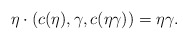
\begin{align*} \eta\cdot (c(\eta),\gamma,c(\eta\gamma)) =\eta\gamma. \end{align*}